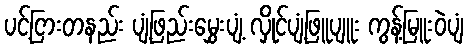
ပင့်ငြားတနည်း ပျံ့ဖြည်းမွှေးပျံ့ လှိုင်ပျံ့ဖြူပျူး ကွန့်မြူးဝဲပျံ